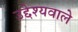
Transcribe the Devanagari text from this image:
उद्देश्यवाले